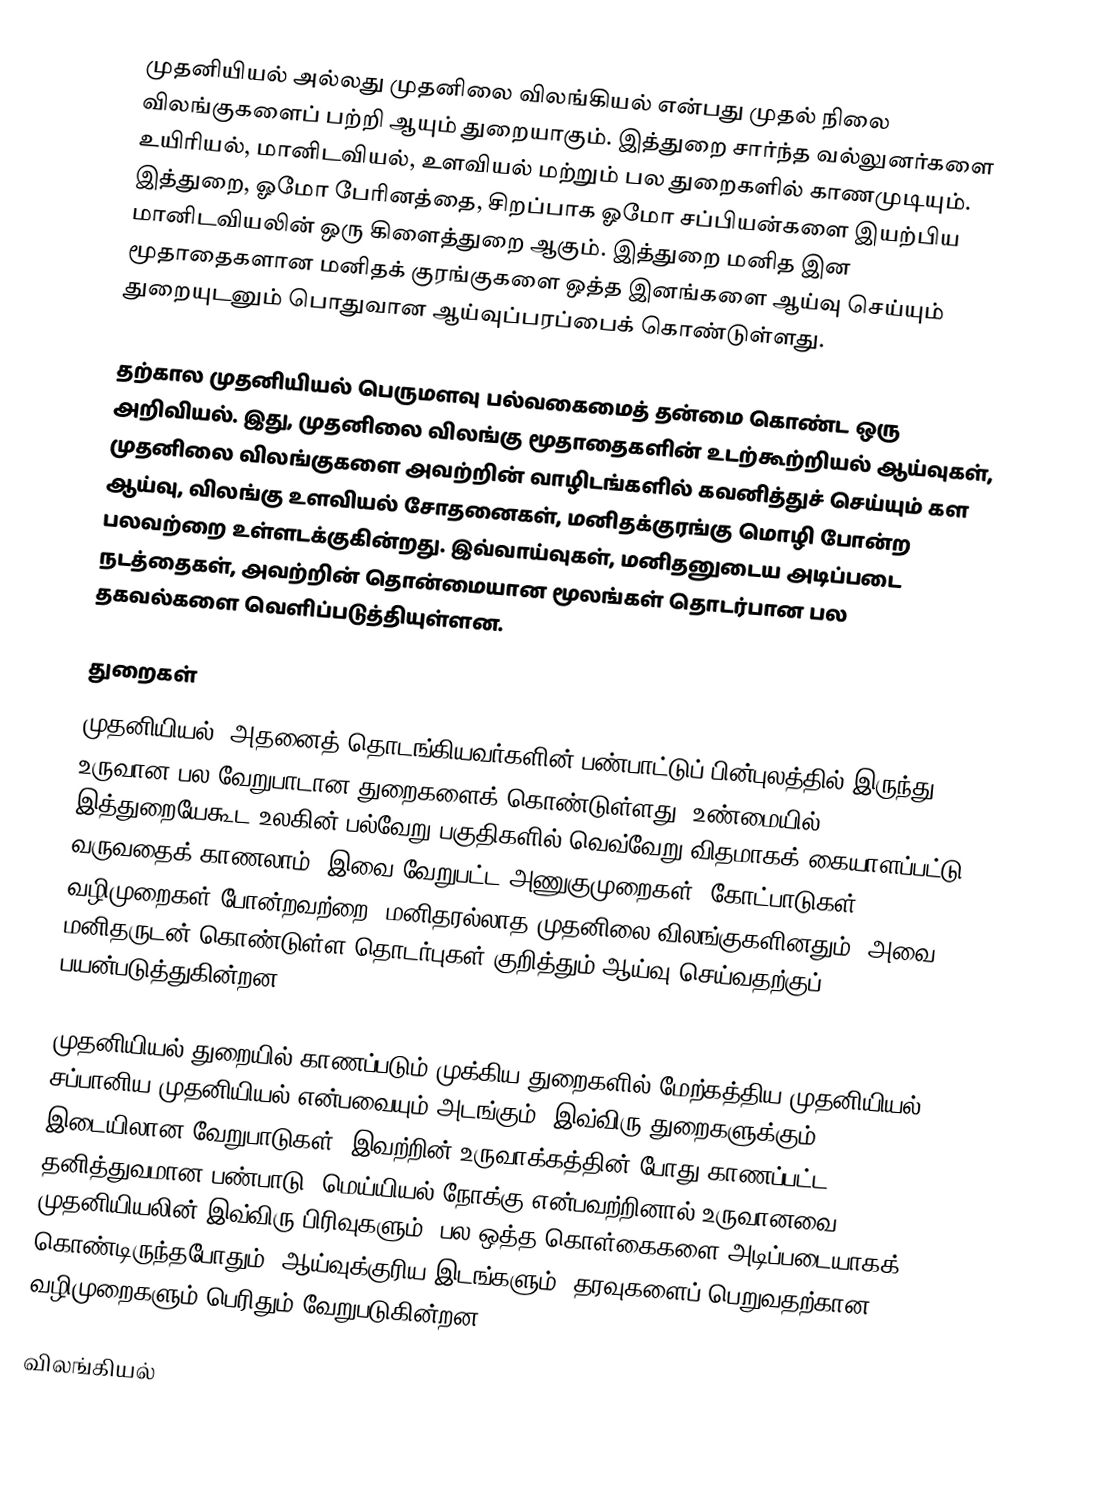
முதனியியல் அல்லது முதனிலை விலங்கியல் என்பது முதல் நிலை விலங்குகளைப் பற்றி ஆயும் துறையாகும். இத்துறை சார்ந்த வல்லுனர்களை உயிரியல், மானிடவியல், உளவியல் மற்றும் பல துறைகளில் காணமுடியும். இத்துறை, ஓமோ பேரினத்தை, சிறப்பாக ஓமோ சப்பியன்களை இயற்பிய மானிடவியலின் ஒரு கிளைத்துறை ஆகும். இத்துறை மனித இன மூதாதைகளான மனிதக் குரங்குகளை ஒத்த இனங்களை ஆய்வு செய்யும் துறையுடனும் பொதுவான ஆய்வுப்பரப்பைக் கொண்டுள்ளது.

தற்கால முதனியியல் பெருமளவு பல்வகைமைத் தன்மை கொண்ட ஒரு அறிவியல். இது, முதனிலை விலங்கு மூதாதைகளின் உடற்கூற்றியல் ஆய்வுகள், முதனிலை விலங்குகளை அவற்றின் வாழிடங்களில் கவனித்துச் செய்யும் கள ஆய்வு, விலங்கு உளவியல் சோதனைகள், மனிதக்குரங்கு மொழி போன்ற பலவற்றை உள்ளடக்குகின்றது. இவ்வாய்வுகள், மனிதனுடைய அடிப்படை நடத்தைகள், அவற்றின் தொன்மையான மூலங்கள் தொடர்பான பல தகவல்களை வெளிப்படுத்தியுள்ளன.

துறைகள்
முதனியியல், அதனைத் தொடங்கியவர்களின் பண்பாட்டுப் பின்புலத்தில் இருந்து உருவான பல வேறுபாடான துறைகளைக் கொண்டுள்ளது. உண்மையில் இத்துறையேகூட உலகின் பல்வேறு பகுதிகளில் வெவ்வேறு விதமாகக் கையாளப்பட்டு வருவதைக் காணலாம். இவை வேறுபட்ட அணுகுமுறைகள், கோட்பாடுகள், வழிமுறைகள் போன்றவற்றை, மனிதரல்லாத முதனிலை விலங்குகளினதும், அவை மனிதருடன் கொண்டுள்ள தொடர்புகள் குறித்தும் ஆய்வு செய்வதற்குப் பயன்படுத்துகின்றன.

முதனியியல் துறையில் காணப்படும் முக்கிய துறைகளில் மேற்கத்திய முதனியியல், சப்பானிய முதனியியல் என்பவையும் அடங்கும். இவ்விரு துறைகளுக்கும் இடையிலான வேறுபாடுகள், இவற்றின் உருவாக்கத்தின் போது காணப்பட்ட தனித்துவமான பண்பாடு, மெய்யியல் நோக்கு என்பவற்றினால் உருவானவை. முதனியியலின் இவ்விரு பிரிவுகளும், பல ஒத்த கொள்கைகளை அடிப்படையாகக் கொண்டிருந்தபோதும், ஆய்வுக்குரிய இடங்களும், தரவுகளைப் பெறுவதற்கான வழிமுறைகளும் பெரிதும் வேறுபடுகின்றன.

விலங்கியல்